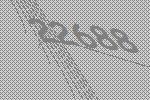
22688